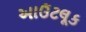
આઉટલૂક